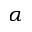
\alpha